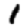
Digit: 1